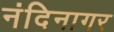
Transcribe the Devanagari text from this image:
नंदिनागर